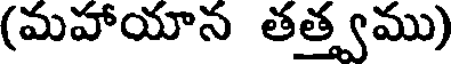
(మహాయాన తత్త్వము)